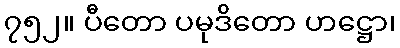
၇၅၂။ ပီတော ပမုဒိတော ဟဋ္ဌော၊